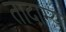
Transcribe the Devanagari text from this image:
तादाम्य